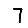
Digit: 7